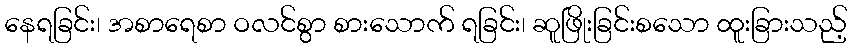
နေရခြင်း၊ အစာရေစာ ဝလင်စွာ စားသောက် ရခြင်း၊ ဆူဖြိုးခြင်းစသော ထူးခြားသည့်